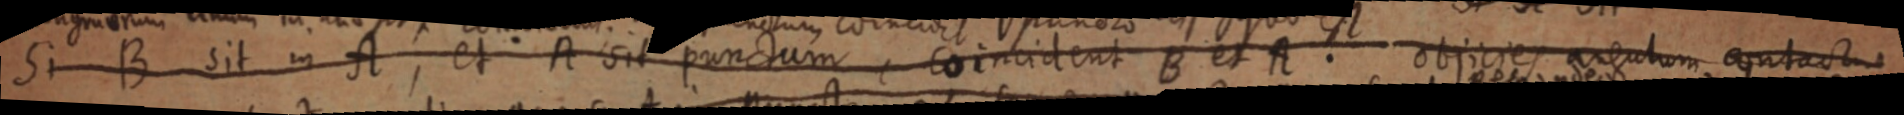
Si B sit in A, et A sit punctum, coincident B et A. objicies angulum contactus